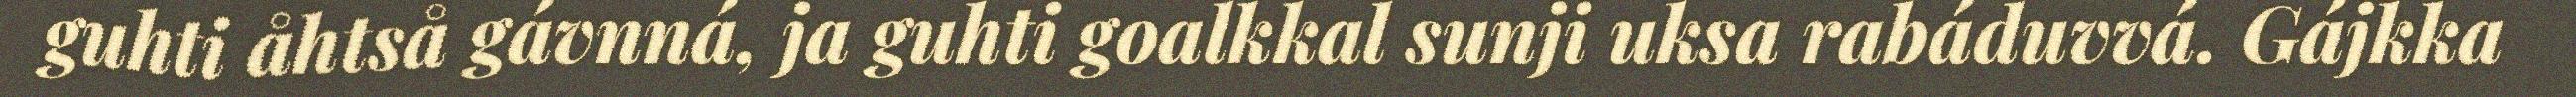
guhti åhtså gávnná, ja guhti goalkkal sunji uksa rabáduvvá. Gájkka